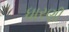
ધારણી